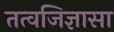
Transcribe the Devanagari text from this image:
तत्वजिज्ञासा